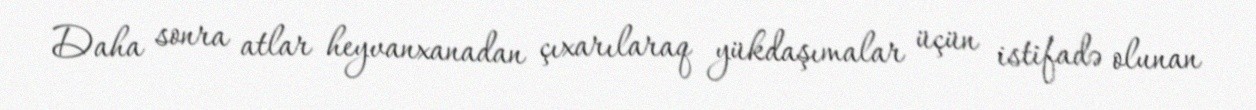
Daha sonra atlar heyvanxanadan çıxarılaraq yükdaşımalar üçün istifadə olunan